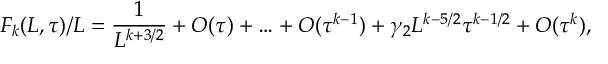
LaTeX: F _ { k } ( L , \tau ) / L = { \frac { 1 } { L ^ { k + 3 / 2 } } } + O ( \tau ) + \ldots + O ( \tau ^ { k - 1 } ) + \gamma _ { 2 } L ^ { k - 5 / 2 } \tau ^ { k - 1 / 2 } + O ( \tau ^ { k } ) ,